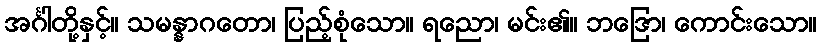
အင်္ဂါတို့နှင့်။ သမန္နာဂတော၊ ပြည့်စုံသော။ ရညော၊ မင်း၏။ ဘဒြော၊ ကောင်းသော။